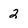
Character: 2